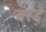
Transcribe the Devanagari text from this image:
बरडे